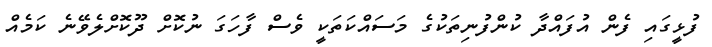
ފުޅީގައި ފެން އުފައްދާ ކުންފުނިތަކުގެ މަސައްކަތަކީ ވެސް ފާހަގަ ނުކޮށް ދޫކޮށްލެވޭނެ ކަމެއް